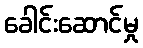
ခေါင်းဆောင်မှု